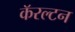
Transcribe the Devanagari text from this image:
कॅरल्टन